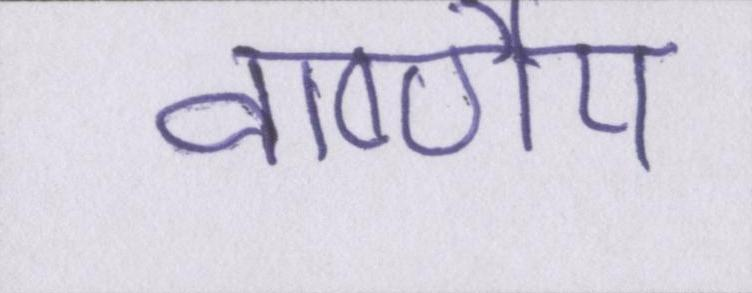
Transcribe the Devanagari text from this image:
वार्ष्णेय